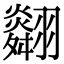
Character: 𦒪